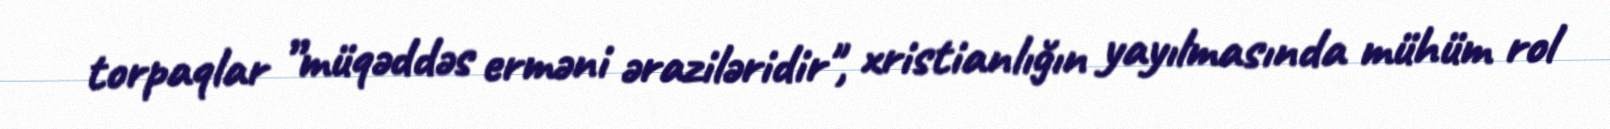
torpaqlar ”müqəddəs erməni əraziləridir", xristianlığın yayılmasında mühüm rol